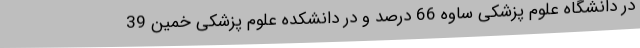
در دانشگاه علوم پزشکی ساوه 66 درصد و در دانشکده علوم پزشکی خمین 39